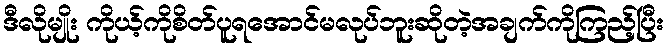
ဒီလိုမျိုး ကိုယ့်ကိုစိတ်ပူရအောင်မလုပ်ဘူးဆိုတဲ့အချက်ကိုကြည့်ပြီး